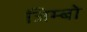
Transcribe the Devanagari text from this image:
जिम्बो